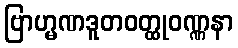
ဗြာဟ္မဏဒူတဝတ္ထုဝဏ္ဏနာ